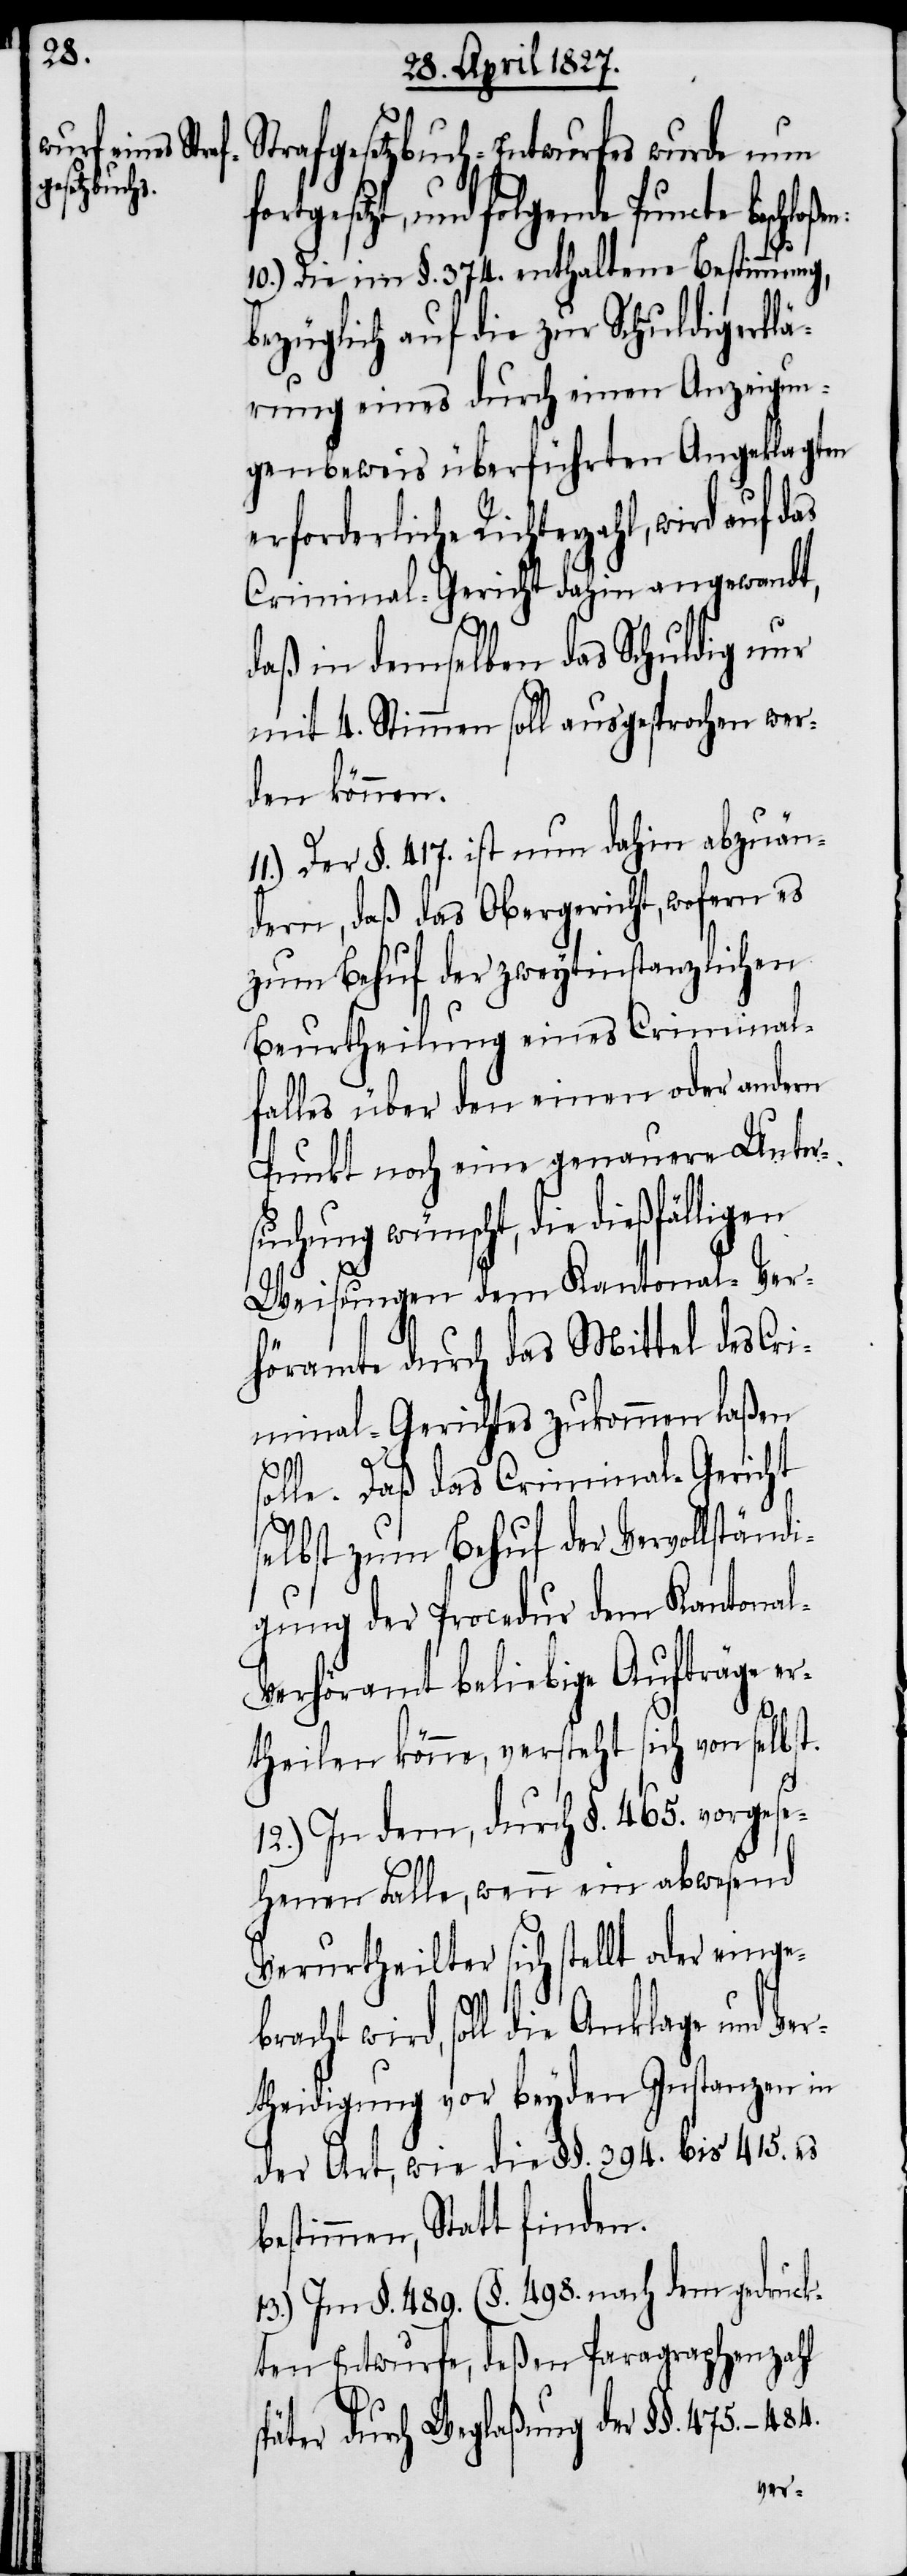
Strafgesetzbuch-Entwurfes wurde nun
rtgesetzt, und folgende Puncte
10.) Die im §. 374. enthaltene Bestimmung,
bezüglich auf die zur Schuldigerklä¬
rung eines durch einen Anzeigun¬
genbeweis überführten Angeklagten
erforderliche Richterzahl, wird
Criminal-Gericht dahin angewandt,
daß in demselben das Schuldig nur
mit 4. Stimmen soll ausgesprochen wer¬
den können.
11.) Der §. 417. ist nun dahin abzuän¬
dern, daß das Obergericht, wofern es
zum Behuf der zweytinstanzlichen
Beurtheilung eines Criminal¬
falles über den einen oder andern
Punkt noch eine genaue Unter¬
suchung wünscht, die
Weisungen dem Kantonal-Ver¬
höramte durch das Mittel des Cri¬
minal-Gerichtes zukommen laßen
solle. Daß das Criminal-Gericht
selbst zum Behuf der Vervollständ¬
igung der Procedur dem Kantona¬
l-Verhöramt beliebige Aufträge er¬
theilen könne, versteht sich von selbst.
12.) In dem, durch §. 465. vorgese¬
henen Falle, wenn ein abwesend
Verurtheilter sich stellt oder eingeb¬
racht wird, soll die Anklage und Ve¬
rtheidigung vor beyden Instanzen in
der Art, wie die §§. 394. bis 415. es
bestimmen, Statt finden.
13.) Im §. 489. (§. 489 nach dem gedruck¬
ten Entwurfe, deßen Paragraphenzahl
später durch Weglaßung der §§.
fo¬